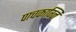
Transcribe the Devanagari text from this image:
पाचकाग्नि